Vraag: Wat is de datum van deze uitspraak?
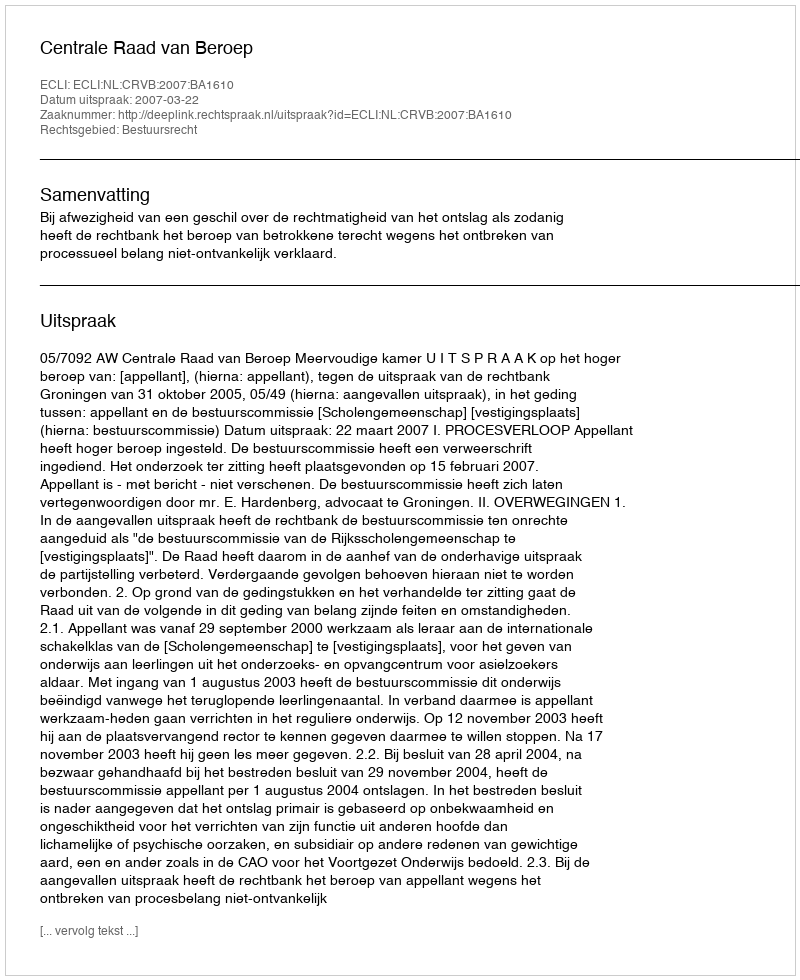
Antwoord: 2007-03-22